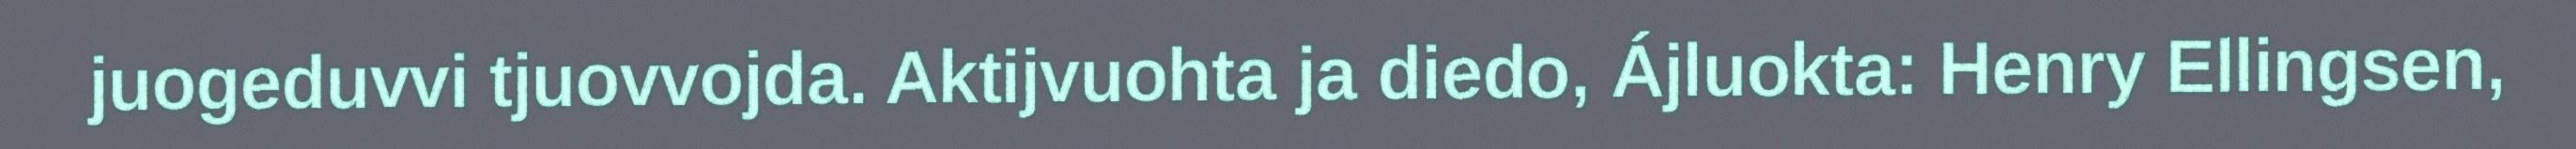
juogeduvvi tjuovvojda. Aktijvuohta ja diedo, Ájluokta: Henry Ellingsen,